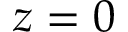
z = 0